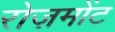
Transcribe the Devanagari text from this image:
रोज़मोंट